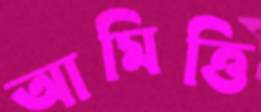
আমিত্তি